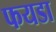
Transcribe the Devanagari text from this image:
फयडा